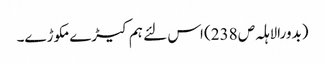
(بدورالاہلہ ص 238) اس لئے ہم کیڑے مکوڑے۔